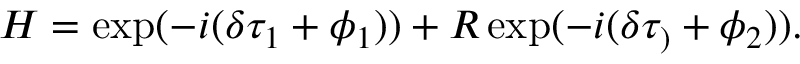
H = \exp ( - i ( \delta \tau _ { 1 } + \phi _ { 1 } ) ) + R \exp ( - i ( \delta \tau _ { ) } + \phi _ { 2 } ) ) .